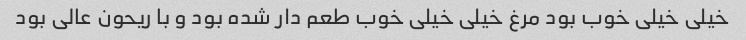
خیلی خیلی خوب بود مرغ خیلی خیلی خوب طعم دار شده بود و با ریحون عالی بود